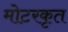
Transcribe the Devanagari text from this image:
मोटरकृत